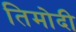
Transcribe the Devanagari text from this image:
तिमोदी